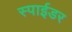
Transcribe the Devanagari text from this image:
स्पाईडर